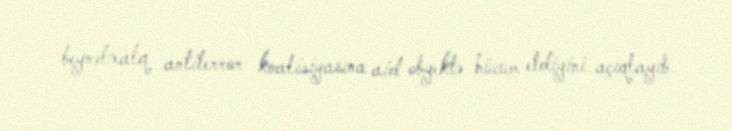
beynəlxalq antiterror koalisiyasına aid obyektə hücum etdiyini açıqlayıb.